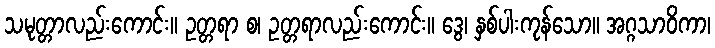
သမုတ္တာလည်းကောင်း။ ဥတ္တရာ စ၊ ဥတ္တရာလည်းကောင်း။ ဒွေ၊ နှစ်ပါးကုန်သော။ အဂ္ဂသာဝိကာ၊